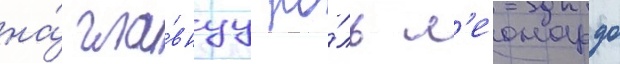
на́ гла́внуу ро́ль л'еонардо